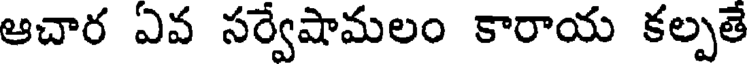
ఆచార ఏవ సర్వేషామలం కారాయ కల్పతే